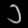
Digit: ၁